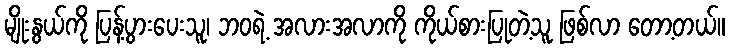
မျိုးနွယ်ကို ပြန့်ပွားပေးသူ၊ ဘဝရဲ့ အလားအလာကို ကိုယ်စားပြုတဲ့သူ ဖြစ်လာ တော့တယ်။